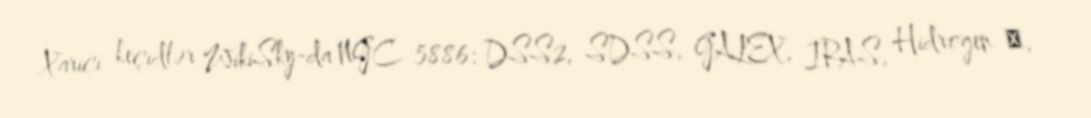
Xarici keçidlər WikiSky-da NGC 5886: DSS2, SDSS, GALEX, IRAS, Hidrogen α,